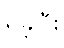
ရှိခဲ့ပြီး